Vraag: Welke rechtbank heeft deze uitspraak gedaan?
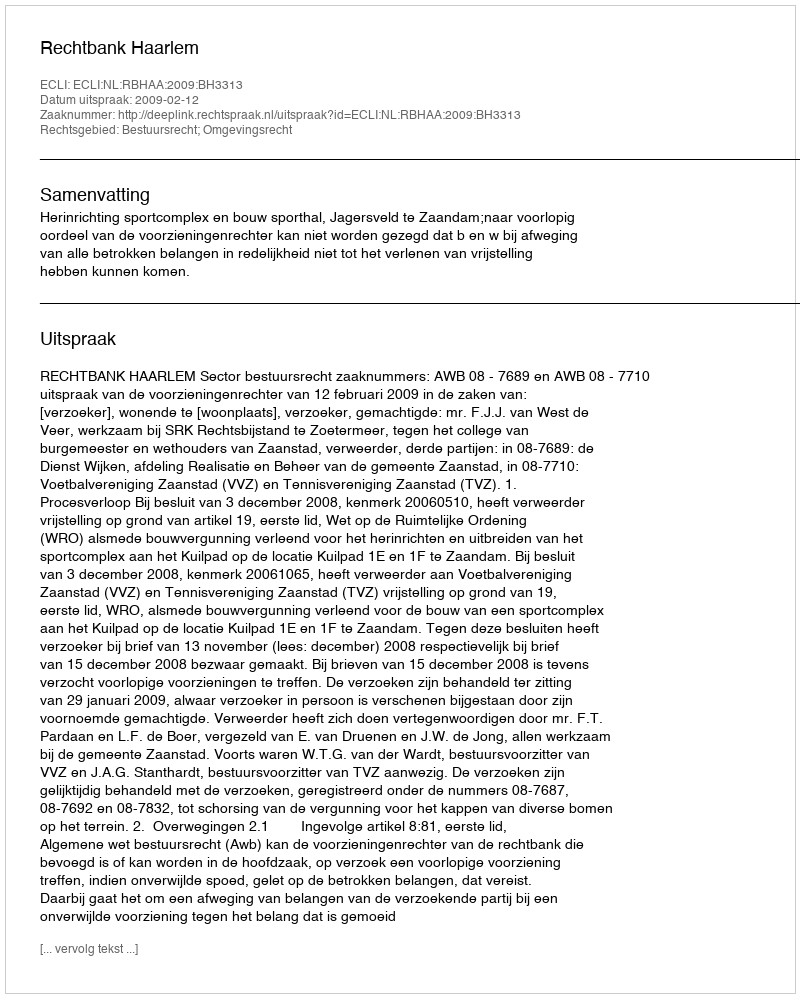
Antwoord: Rechtbank Haarlem